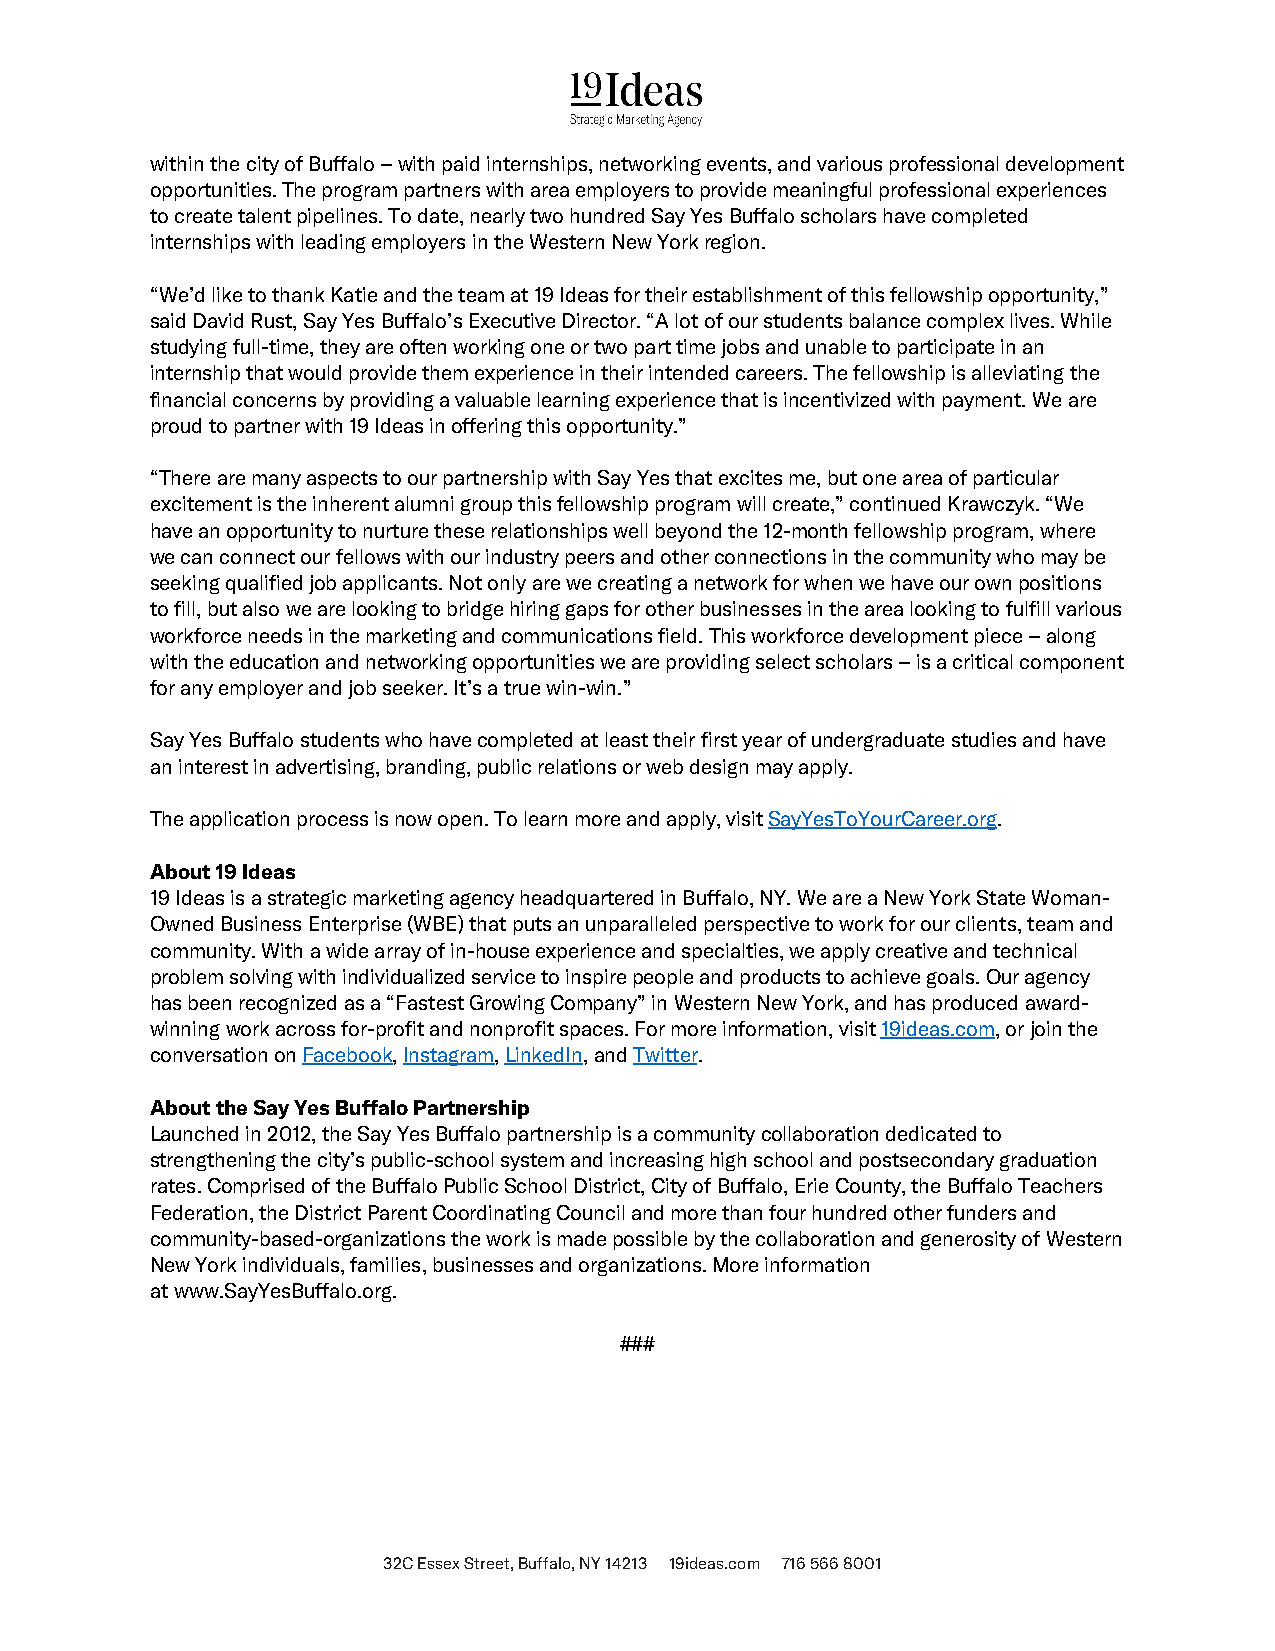
within the city of Buffalo – with paid internships, networking events, and various professional development
 opportunities. The program partners with area employers to provide meaningful professional experiences
 to create talent pipelines. To date, nearly two hundred Say Yes Buffalo scholars have completed
 internships with leading employers in the Western New York region.
 “We’d like to thank Katie and the team at 19 Ideas for their establishment of this fellowship opportunity,”
 said David Rust, Say Yes Buffalo’s Executive Director. “A lot of our students balance complex lives. While
 studying full-time, they are often working one or two part time jobs and unable to participate in an
 internship that would provide them experience in their intended careers. The fellowship is alleviating the
 financial concerns by providing a valuable learning experience that is incentivized with payment. We are
 proud to partner with 19 Ideas in offering this opportunity.”
 “There are many aspects to our partnership with Say Yes that excites me, but one area of particular
 excitement is the inherent alumni group this fellowship program will create,” continued Krawczyk. “We
 have an opportunity to nurture these relationships well beyond the 12-month fellowship program, where
 we can connect our fellows with our industry peers and other connections in the community who may be
 seeking qualified job applicants. Not only are we creating a network for when we have our own positions
 to fill, but also we are looking to bridge hiring gaps for other businesses in the area looking to fulfill various
 workforce needs in the marketing and communications field. This workforce development piece – along
 with the education and networking opportunities we are providing select scholars – is a critical component
 for any employer and job seeker. It’s a true win-win.”
 Say Yes Buffalo students who have completed at least their first year of undergraduate studies and have
 an interest in advertising, branding, public relations or web design may apply.
 The application process is now open. To learn more and apply, visit SayYesToYourCareer.org.
 About 19 Ideas
 19 Ideas is a strategic marketing agency headquartered in Buffalo, NY. We are a New York State Woman-
 Owned Business Enterprise (WBE) that puts an unparalleled perspective to work for our clients, team and
 community. With a wide array of in-house experience and specialties, we apply creative and technical
 problem solving with individualized service to inspire people and products to achieve goals. Our agency
 has been recognized as a “Fastest Growing Company” in Western New York, and has produced award-
 winning work across for-profit and nonprofit spaces. For more information, visit 19ideas.com, or join the
 conversation on Facebook, Instagram, LinkedIn, and Twitter.
 About the Say Yes Buffalo Partnership
 Launched in 2012, the Say Yes Buffalo partnership is a community collaboration dedicated to
 strengthening the city’s public-school system and increasing high school and postsecondary graduation
 rates. Comprised of the Buffalo Public School District, City of Buffalo, Erie County, the Buffalo Teachers
 Federation, the District Parent Coordinating Council and more than four hundred other funders and
 community-based-organizations the work is made possible by the collaboration and generosity of Western
 New York individuals, families, businesses and organizations. More information
 at www.SayYesBuffalo.org.
 ###
 32C Essex Street, Buffalo, NY 14213 19ideas.com 716 566 8001